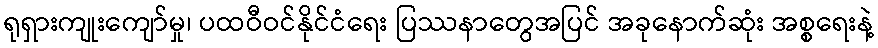
ရုရှားကျုးကျော်မှု၊ ပထဝီဝင်နိုင်ငံရေး ပြဿနာတွေအပြင် အခုနောက်ဆုံး အစ္စရေးနဲ့